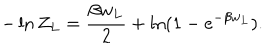
LaTeX: - \ln Z _ { L } = { \frac { \beta w _ { L } } { 2 } } + \ln ( 1 - e ^ { - \beta w _ { L } } ) .